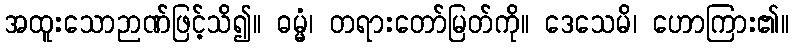
အထူးသောဉာဏ်ဖြင့်သိ၍။ ဓမ္မံ၊ တရားတော်မြတ်ကို။ ဒေသေမိ၊ ဟောကြား၏။